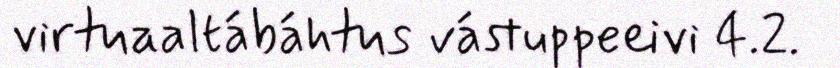
virtuaaltábáhtus vástuppeeivi 4.2.